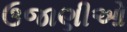
ઉજાણીઓ